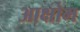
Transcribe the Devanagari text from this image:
आक्षोभ